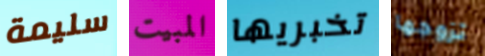
سليمة المبيت تخبريها تزوجها